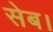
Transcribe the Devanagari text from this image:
सेब।